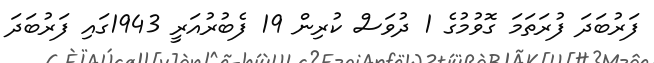
ފަރުބަދަ ފުރަތަމަ ގޮވުމުގެ 1 ދުވަސް ކުރިން 19 ފެބުރުއަރީ 1943ގައި ފަރުބަދަ